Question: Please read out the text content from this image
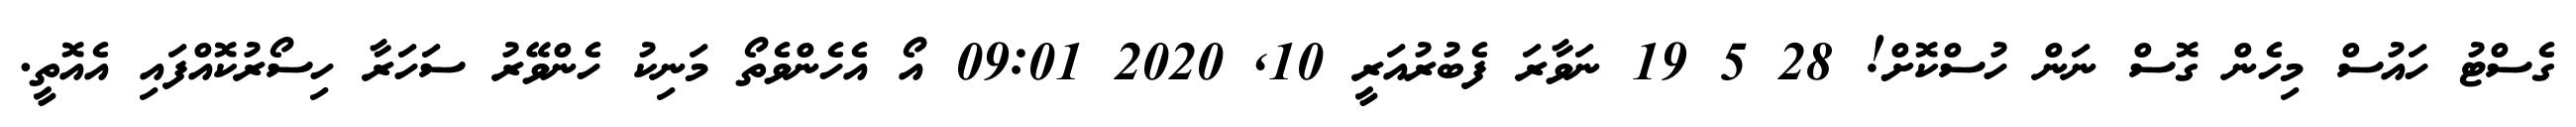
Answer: ގެސްޓު ހައުސް މިހެން ގޮސް ނަން ހުސްކޮށް! 28 5 19 ނަވާރަ ފެބުރުއަރީ 10, 2020 09:01 އޯ އެހެންވެތޯ މަނިކު ހެންވޭރު ސަހަރާ ހިސޯރުކޮއްފައި އެއޮތީ.